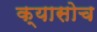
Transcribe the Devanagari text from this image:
क्यासोच